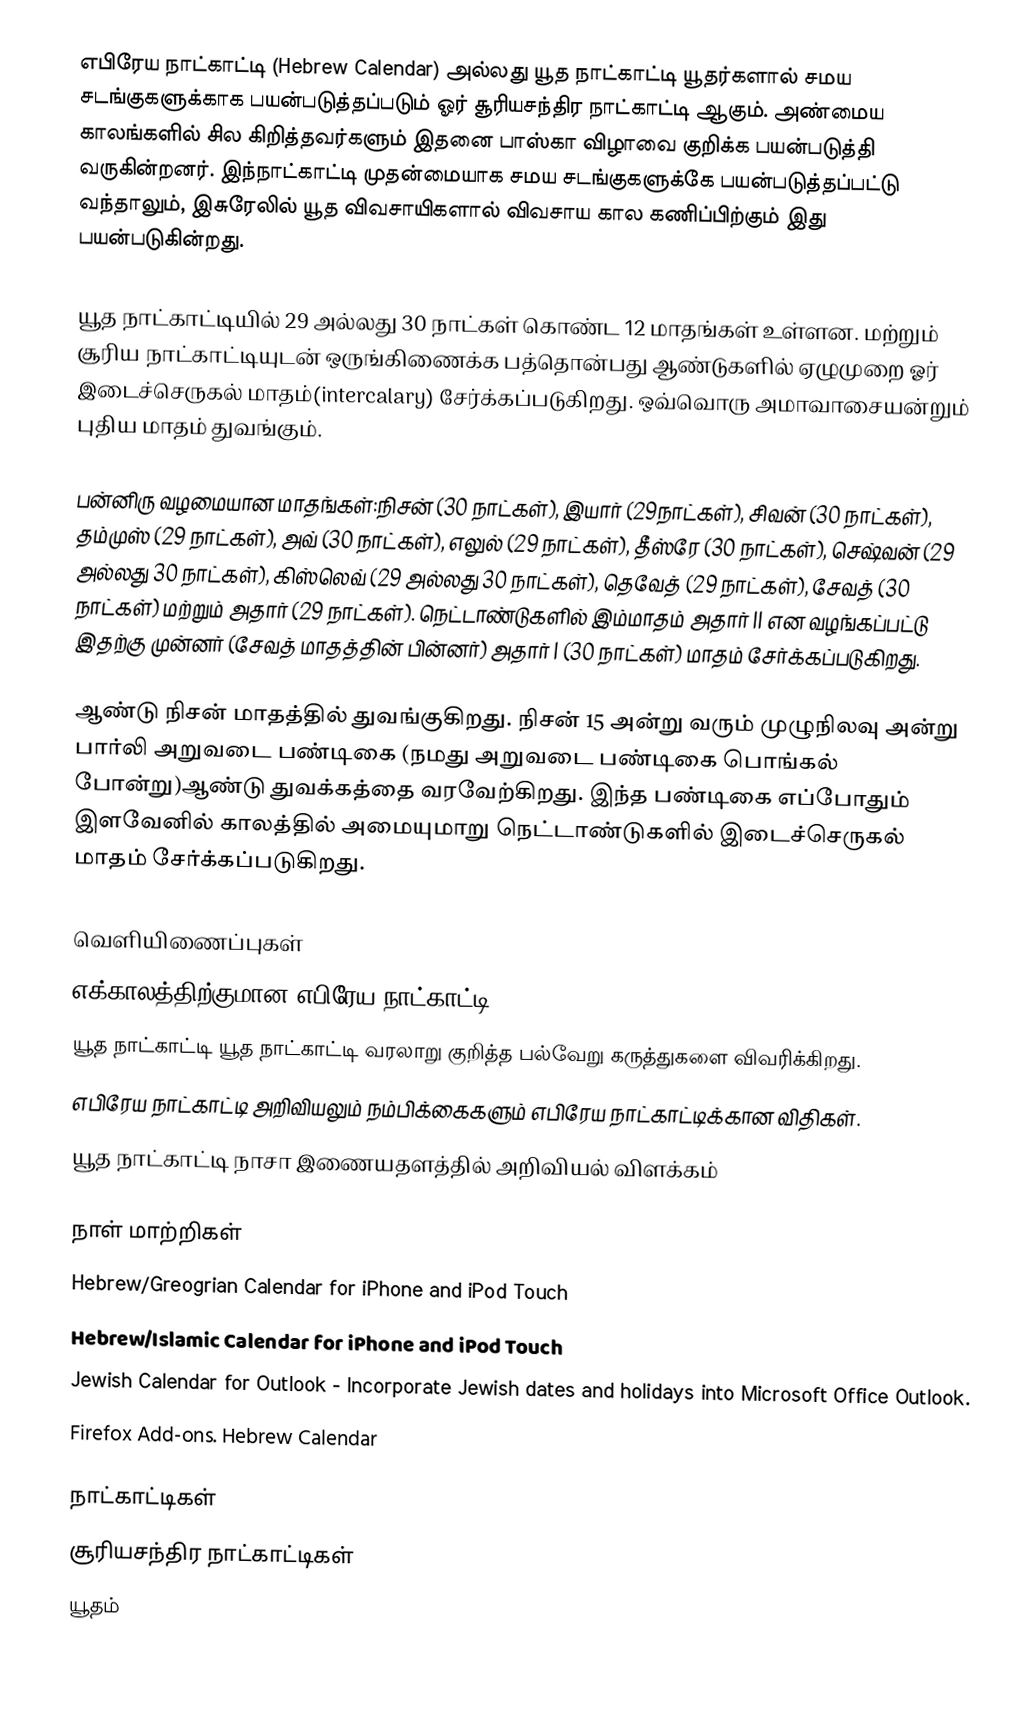
எபிரேய நாட்காட்டி (Hebrew Calendar) அல்லது யூத நாட்காட்டி யூதர்களால் சமய சடங்குகளுக்காக பயன்படுத்தப்படும் ஓர் சூரியசந்திர நாட்காட்டி ஆகும். அண்மைய காலங்களில் சில கிறித்தவர்களும் இதனை பாஸ்கா விழாவை குறிக்க பயன்படுத்தி வருகின்றனர். இந்நாட்காட்டி முதன்மையாக சமய சடங்குகளுக்கே பயன்படுத்தப்பட்டு வந்தாலும், இசுரேலில் யூத விவசாயிகளால் விவசாய கால கணிப்பிற்கும் இது பயன்படுகின்றது.

யூத நாட்காட்டியில் 29 அல்லது 30 நாட்கள் கொண்ட 12 மாதங்கள் உள்ளன. மற்றும் சூரிய நாட்காட்டியுடன் ஒருங்கிணைக்க பத்தொன்பது ஆண்டுகளில் ஏழுமுறை ஓர் இடைச்செருகல் மாதம்(intercalary) சேர்க்கப்படுகிறது. ஒவ்வொரு அமாவாசையன்றும் புதிய மாதம் துவங்கும்.

பன்னிரு வழமையான மாதங்கள்:நிசன் (30 நாட்கள்), இயார் (29நாட்கள்), சிவன் (30 நாட்கள்), தம்முஸ் (29 நாட்கள்), அவ் (30 நாட்கள்), எலுல் (29 நாட்கள்), தீஸ்ரே (30 நாட்கள்), செஷ்வன் (29 அல்லது 30 நாட்கள்), கிஸ்லெவ் (29 அல்லது 30 நாட்கள்), தெவேத் (29 நாட்கள்), சேவத் (30 நாட்கள்) மற்றும் அதார் (29 நாட்கள்). நெட்டாண்டுகளில் இம்மாதம் அதார் II என வழங்கப்பட்டு இதற்கு முன்னர் (சேவத் மாதத்தின் பின்னர்) அதார் I (30 நாட்கள்) மாதம் சேர்க்கப்படுகிறது.

ஆண்டு நிசன் மாதத்தில் துவங்குகிறது. நிசன் 15 அன்று வரும் முழுநிலவு அன்று பார்லி அறுவடை பண்டிகை (நமது அறுவடை பண்டிகை பொங்கல் போன்று)ஆண்டு துவக்கத்தை வரவேற்கிறது. இந்த பண்டிகை எப்போதும் இளவேனில் காலத்தில் அமையுமாறு நெட்டாண்டுகளில் இடைச்செருகல் மாதம் சேர்க்கப்படுகிறது.

வெளியிணைப்புகள்
 எக்காலத்திற்குமான எபிரேய நாட்காட்டி
 யூத நாட்காட்டி யூத நாட்காட்டி வரலாறு குறித்த பல்வேறு கருத்துகளை விவரிக்கிறது.
 எபிரேய நாட்காட்டி அறிவியலும் நம்பிக்கைகளும் எபிரேய நாட்காட்டிக்கான விதிகள்.
 யூத நாட்காட்டி  நாசா இணையதளத்தில் அறிவியல் விளக்கம்

நாள் மாற்றிகள்
 Hebrew/Greogrian Calendar for iPhone and iPod Touch
 Hebrew/Islamic Calendar for iPhone and iPod Touch
 Jewish Calendar for Outlook - Incorporate Jewish dates and holidays into Microsoft Office Outlook.
 Firefox Add-ons. Hebrew Calendar

நாட்காட்டிகள்
சூரியசந்திர நாட்காட்டிகள்
யூதம்